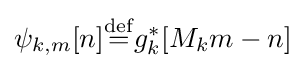
\psi _{k,m}[n]{\stackrel {\rm {def}}{=}}g_{k}^{*}[M_{k}m-n]